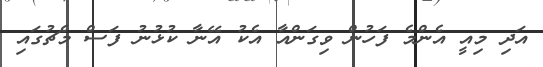
އަދި މިއީ އެންމެ ފަހުން ވިގަންއާ އެކު އޭނާ ކުޅުނު ފަސް މެޗުގައި